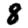
Digit: 8